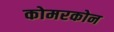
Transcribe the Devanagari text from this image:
कोमरकोन